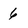
Character: 6